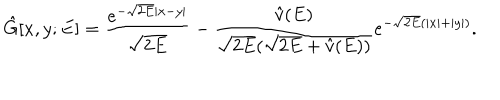
\hat { G } [ x , y ; E ] = \frac { e ^ { - \sqrt { 2 E } | x - y | } } { \sqrt { 2 E } } - \frac { \hat { v } ( E ) } { \sqrt { 2 E } ( \sqrt { 2 E } + \hat { v } ( E ) ) } e ^ { - \sqrt { 2 E } ( | x | + | y | ) } .